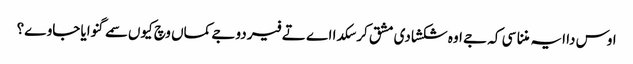
اوس دا ایہ مننا سی کہ جے اوہ شکشا دی مشق کر سکدا اے تے فیر دوجے کماں وچ کیوں سمے گنوایا جاوے؟